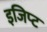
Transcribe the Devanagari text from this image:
इजिप्‍ट